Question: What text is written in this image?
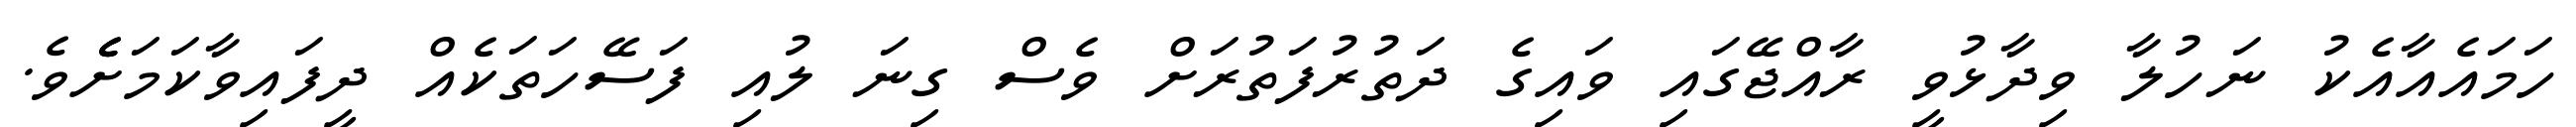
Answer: ހަމައެއާއެކު ނަހުލާ ވިދާޅުވީ ރާއްޖޭގައި ވައިގެ ދަތުރުފަތުރަށް ވެސް ގިނަ ލުއި ފަސޭހަތަކެއް ދީފައިވާކަމަށެެެވެ.